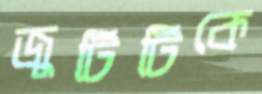
জুটিটিকে